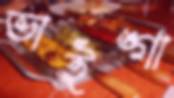
ভাইঙ্গা